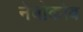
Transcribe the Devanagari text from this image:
नेबोकोव